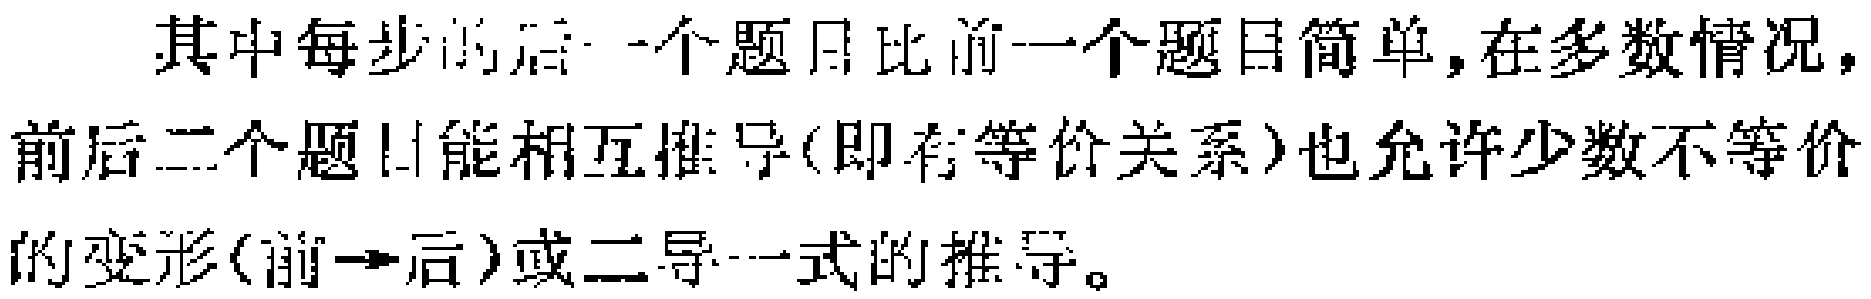
其中每步的后一个题目比前一个题目简单,在多数情况，前后二个题目能相互推导(即有等价关系)也允许少数不等价的变形(前$\to$后)或二导一式的推导。